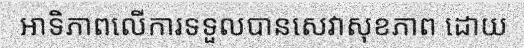
អាទិភាពលើការទទួលបានសេវាសុខភាព ដោយ